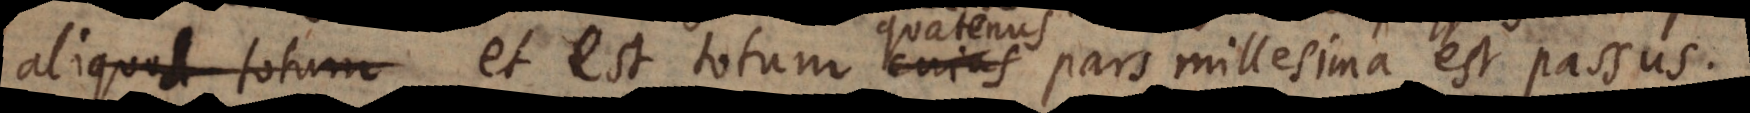
terminata et est totum cujus pars millesima est passus.